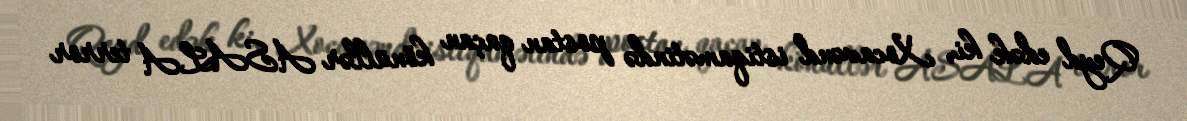
Qeyd edək ki, Xocavənd istiqamətində postan qaçan könüllər ASALA terror